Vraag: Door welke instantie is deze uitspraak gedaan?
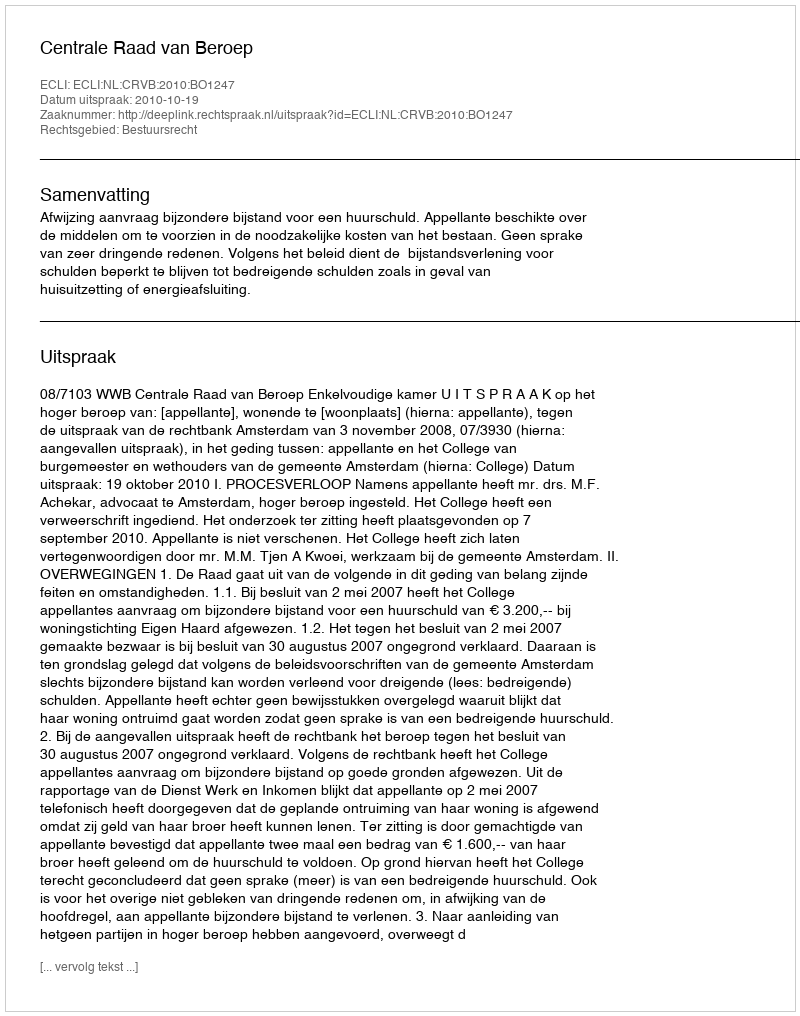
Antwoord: Centrale Raad van Beroep